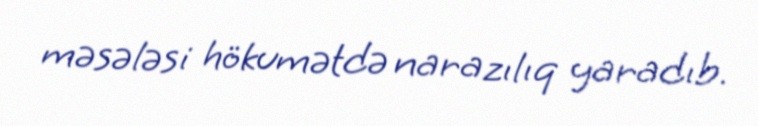
məsələsi hökumətdə narazılıq yaradıb.